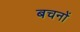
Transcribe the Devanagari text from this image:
बचनों